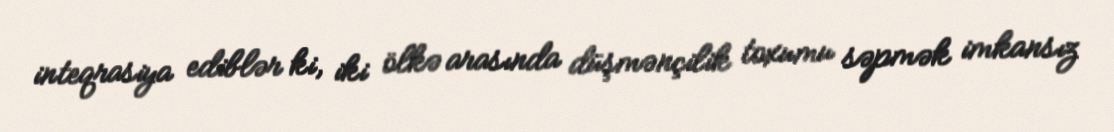
inteqrasiya ediblər ki, iki ölkə arasında düşmənçilik toxumu səpmək imkansız